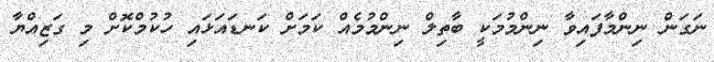
ނަގަން ނިންމާފައިވާ ނިންމުމަކީ ބާތިލް ނިންމުމެއް ކަމަށް ކަނޑައަޅައި ހުކުމްކޮށް މި ގަޒިއްޔާ